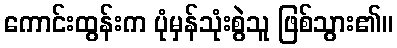
ကောင်းထွန်းက ပုံမှန်သုံးစွဲသူ ဖြစ်သွား၏။